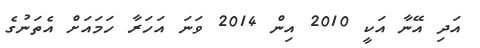
އަދި އޭނާ އަކީ 2010 އިން 2014 ވަނަ އަހަރާ ހަމައަށް އެތަނުގެ